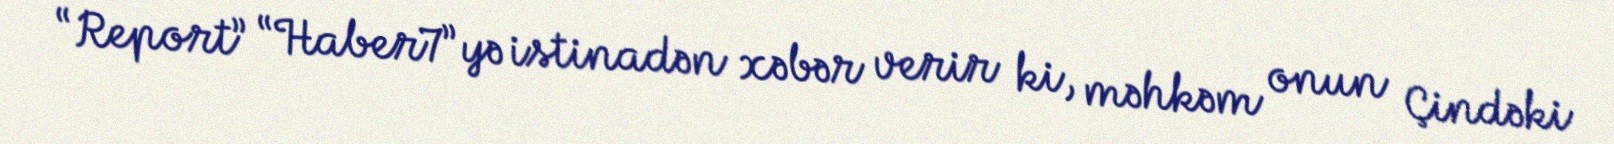
“Report” “Haber7”yə istinadən xəbər verir ki, məhkəm onun Çindəki